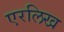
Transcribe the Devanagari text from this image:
एरलिख